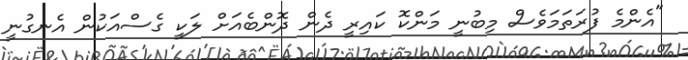
"އެންމެ ފުރަތަމަވެސް މިބުނީ މަންކޮ ކައިރީ ދެން ދޮންބެއަށް ލަކީ ގެސްއަކުން އެނގުނީ